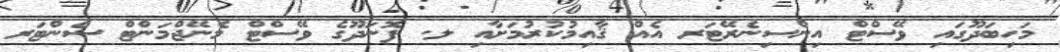
މަހިބަދޫގައި ވޭސްޓް އިންސިނެރޭޓަރ އެއް ޤާއިމުކުރުމަށާއި ލ. ފޮނަދޫގެ ވޭސްޓް މެނޭޖްމަންޓް ސެންޓަރ